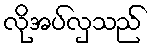
လိုအပ်လှသည်